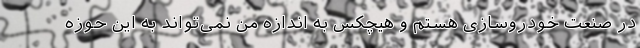
در صنعت خودروسازی هستم و هیچکس به اندازه من نمی‌تواند به این حوزه